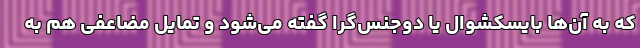
که به آن‌ها بایسکشوال یا دوجنس‌گرا گفته می‌شود و تمایل مضاعفی هم به